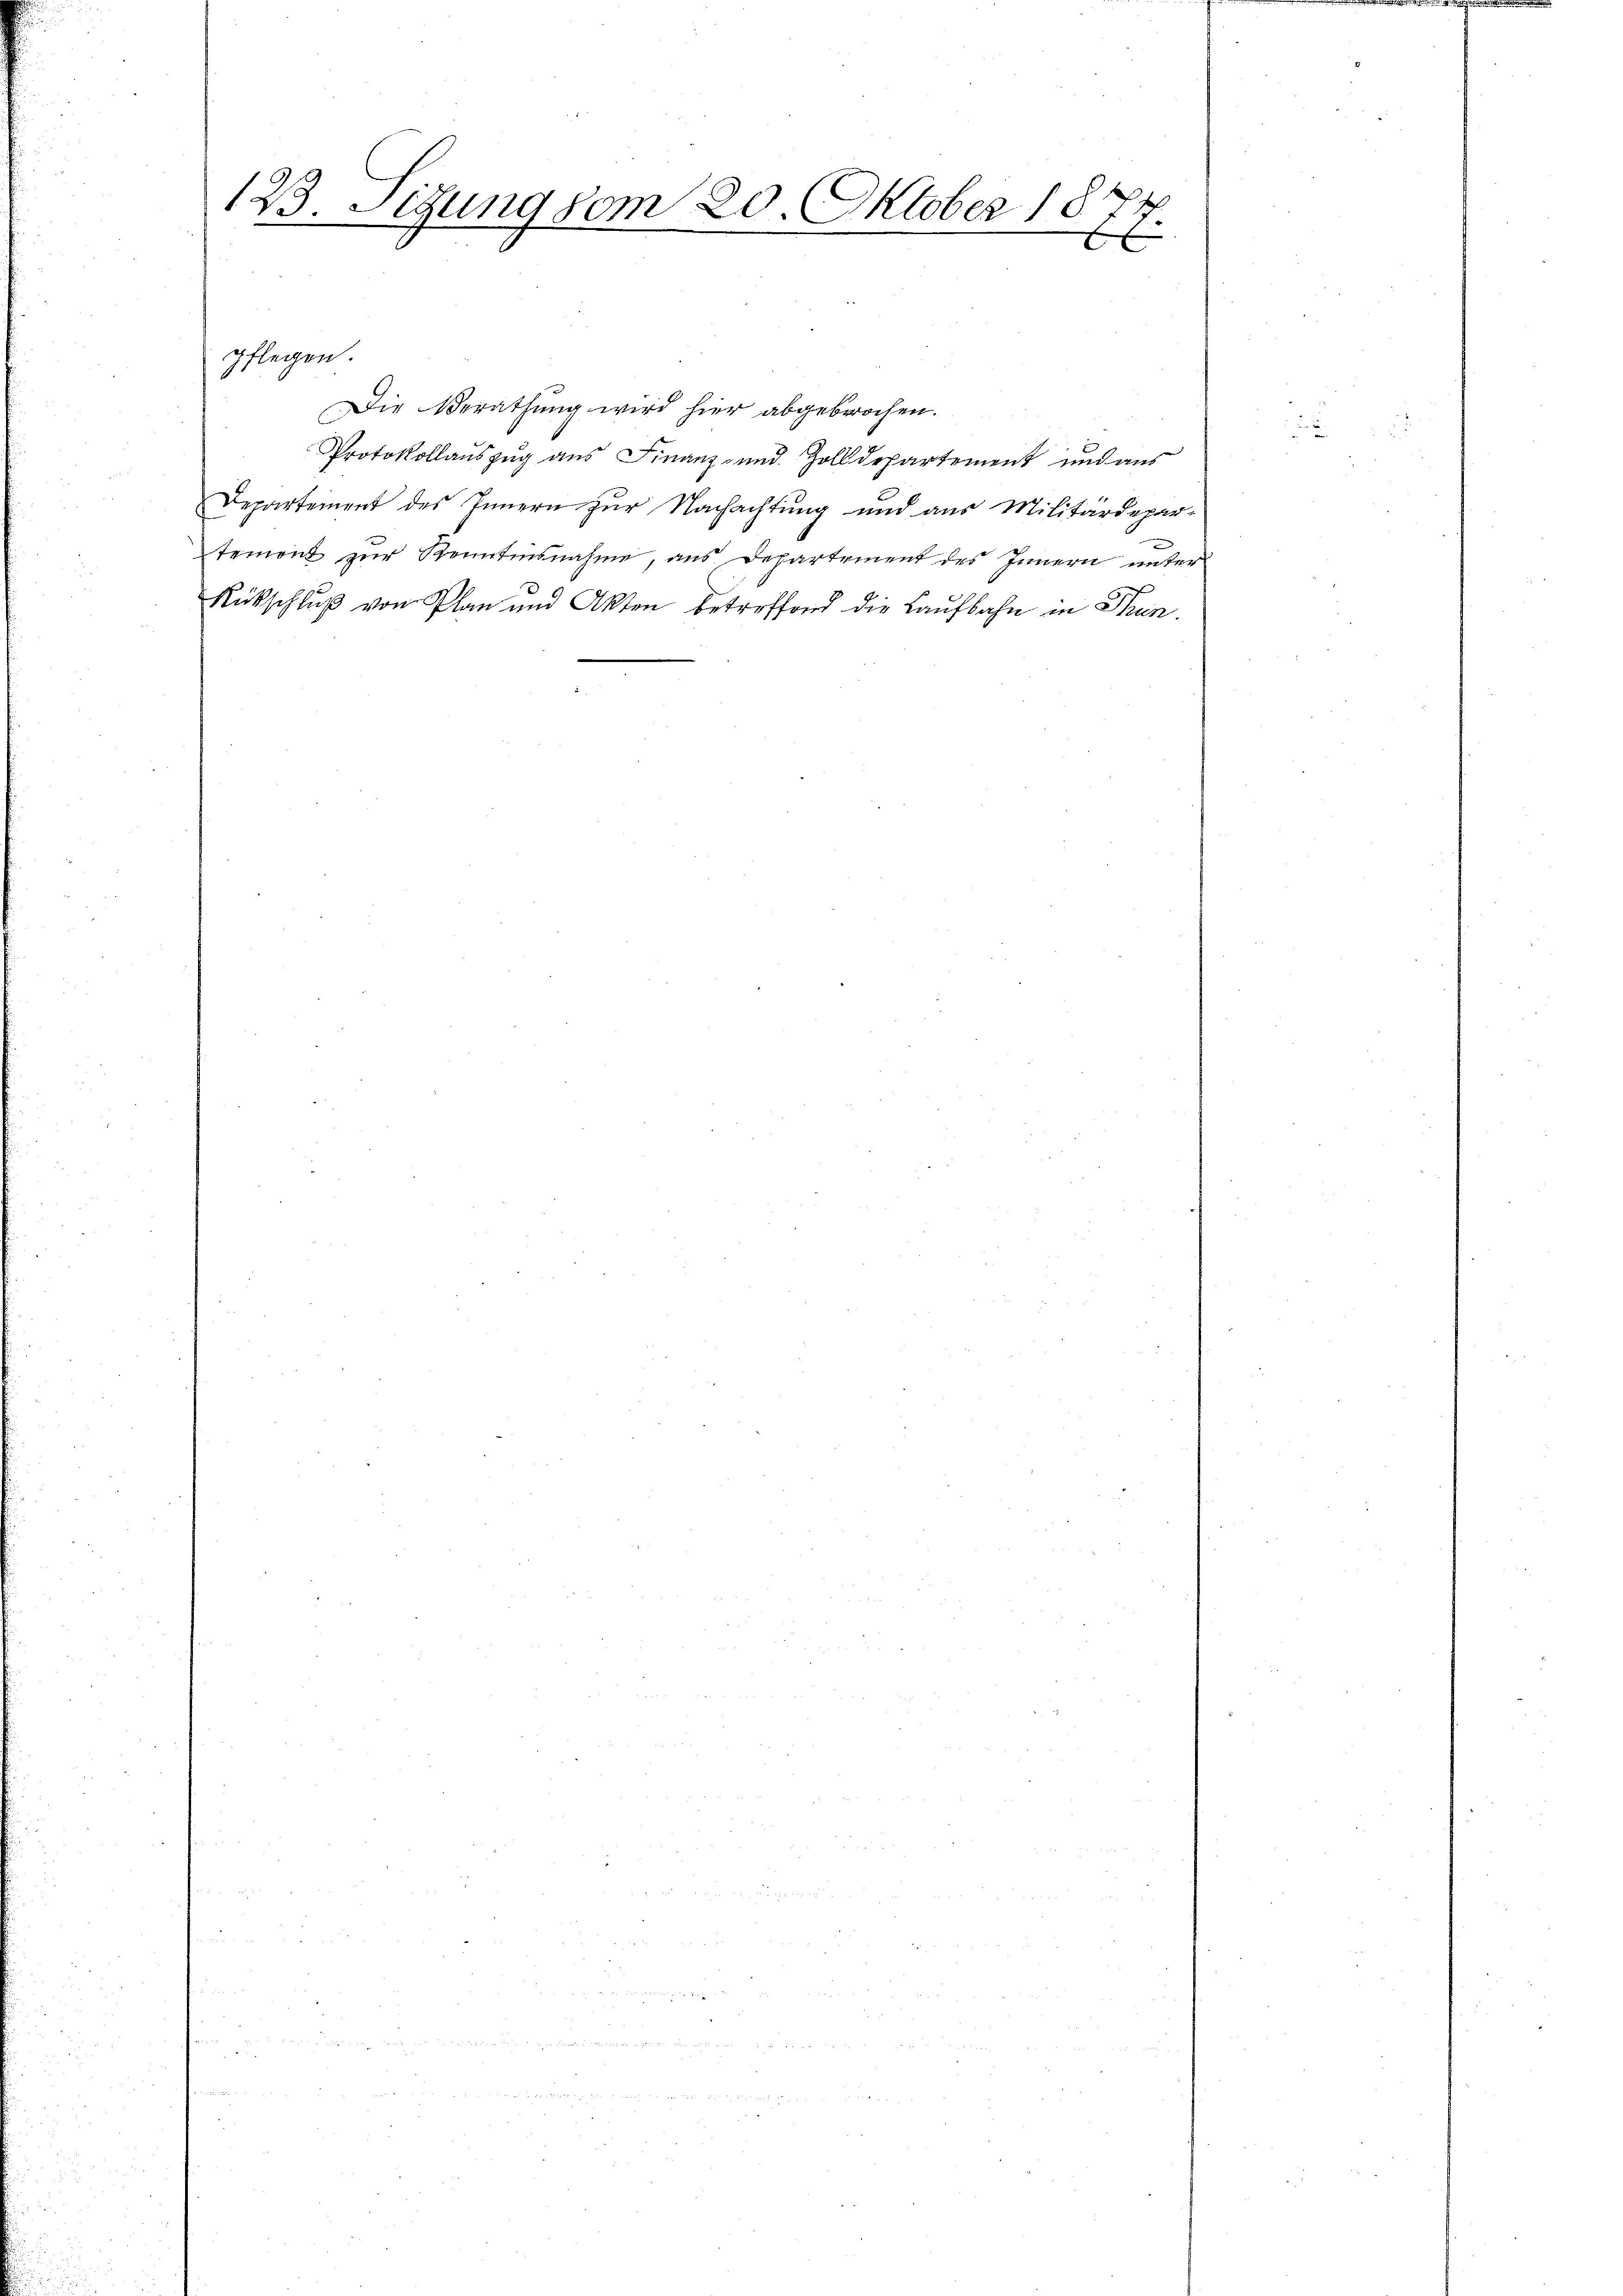
123. Sitzung vom 20. Oktober 1877.

.
x

pflegen.
Die Berathung wird hier abgebrochen.
Protokollauszug aus Finanz- und Zolldepartement und aus
Departement des Innern zur Nachachtung und aus Militärdepar-
tement zur Kenntnisnahme, aus Departement des Innern unter
Rückschluß von Plan und Akten betreffend die Laufbahn in Hun